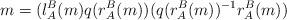
LaTeX: \begin{align*} m=(l^B_A(m) q(r^B_A(m)) (q(r^B_A(m))^{-1} r^B_A(m))\end{align*}